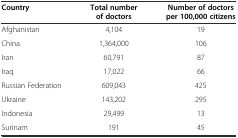
<table><thead><tr><td><b>Country</b></td><td><b>Total number of doctors</b></td><td><b>Number of doctors per 100,000 citizens</b></td></tr></thead><tbody><tr><td>Afghanistan</td><td>4,104</td><td>19</td></tr><tr><td>China</td><td>1,364,000</td><td>106</td></tr><tr><td>Iran</td><td>60,791</td><td>87</td></tr><tr><td>Iraq</td><td>17,022</td><td>66</td></tr><tr><td>Russian Federation</td><td>609,043</td><td>425</td></tr><tr><td>Ukraine</td><td>143,202</td><td>295</td></tr><tr><td>Indonesia</td><td>29,499</td><td>13</td></tr><tr><td>Surinam</td><td>191</td><td>45</td></tr></tbody></table>